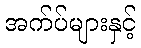
အက်ပ်များနှင့်